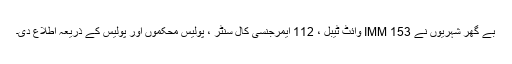
بے گھر شہریوں نے 153 IMM وائٹ ٹیبل ، 112 ایمرجنسی کال سنٹر ، پولیس محکموں اور پولیس کے ذریعہ اطلاع دی۔